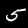
Digit: 5